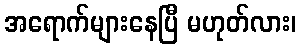
အရောက်များနေပြီ မဟုတ်လား၊